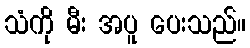
သံကို မီး အပူ ပေးသည်။